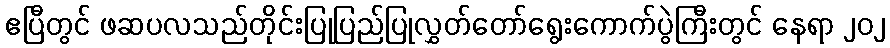
ဧပြီတွင် ဖဆပလသည်တိုင်းပြုပြည်ပြုလွှတ်တော်ရွေးကောက်ပွဲကြီးတွင် နေရာ ၂၀၂